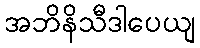
အဘိနိသီဒါပေယျ